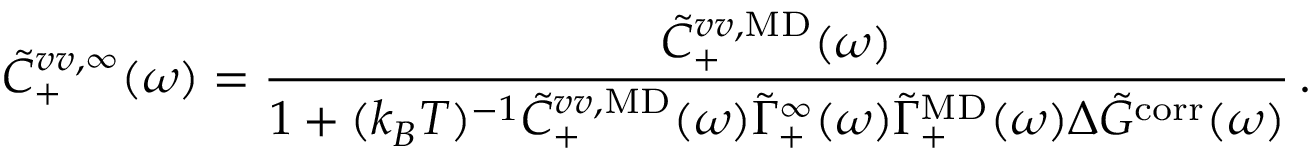
\Tilde { C } _ { + } ^ { v v , \infty } ( \omega ) = \frac { \Tilde { C } _ { + } ^ { v v , \mathrm { M D } } ( \omega ) } { 1 + ( k _ { B } T ) ^ { - 1 } \Tilde { C } _ { + } ^ { v v , \mathrm { M D } } ( \omega ) \Tilde { \Gamma } _ { + } ^ { \infty } ( \omega ) \Tilde { \Gamma } _ { + } ^ { \mathrm { M D } } ( \omega ) \Delta \Tilde { G } ^ { \mathrm { c o r r } } ( \omega ) } \, .